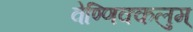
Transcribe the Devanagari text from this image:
वेण्णिक्कलुम्